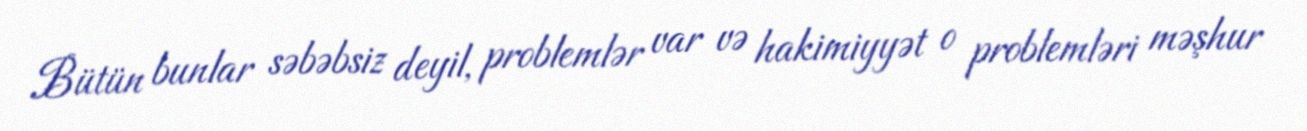
Bütün bunlar səbəbsiz deyil, problemlər var və hakimiyyət o problemləri məşhur